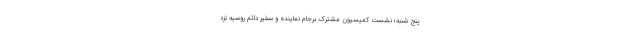
پنج شنبه؛ نشست کمیسیون مشترک برجام نماینده و سفیر دائم روسیه نزد